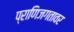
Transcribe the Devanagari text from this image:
प्राणिजगतावर